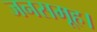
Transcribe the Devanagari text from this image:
जनसमूह।